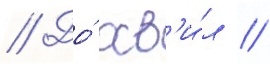
// До́ хв'и́л //